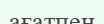
ағатпен